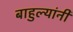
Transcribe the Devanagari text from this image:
बाहुल्यांनी